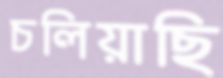
চলিয়াছি